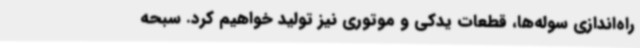
راه‌اندازی سوله‌ها، قطعات یدکی و موتوری نیز تولید خواهیم کرد. سبحه